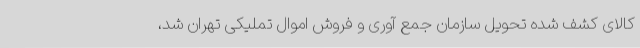
کالای کشف شده تحویل سازمان جمع آوری و فروش اموال تملیکی تهران شد،